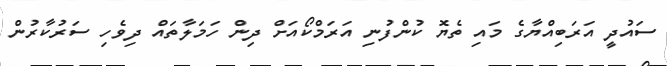
ސައުދީ އަރަބިއްޔާގެ މައި ތެޔޮ ކުންފުނި އަރަމްކޯއަށް ދިން ހަމަލާތައް ދިވެހި ސަރުކާރުން